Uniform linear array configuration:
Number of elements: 48
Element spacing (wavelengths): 0.75
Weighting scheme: exponential
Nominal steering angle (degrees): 45
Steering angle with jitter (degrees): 45.603
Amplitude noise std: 0.05
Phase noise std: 0.05

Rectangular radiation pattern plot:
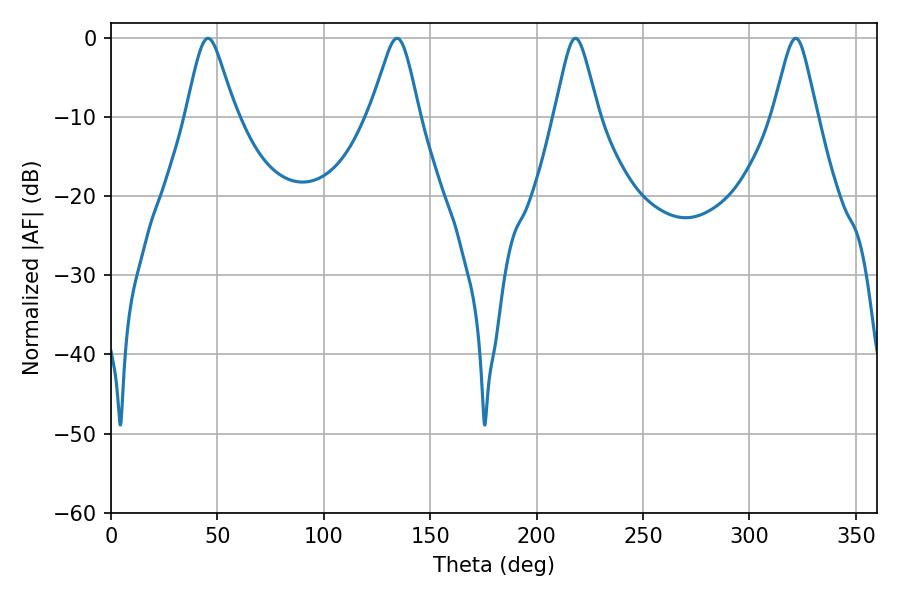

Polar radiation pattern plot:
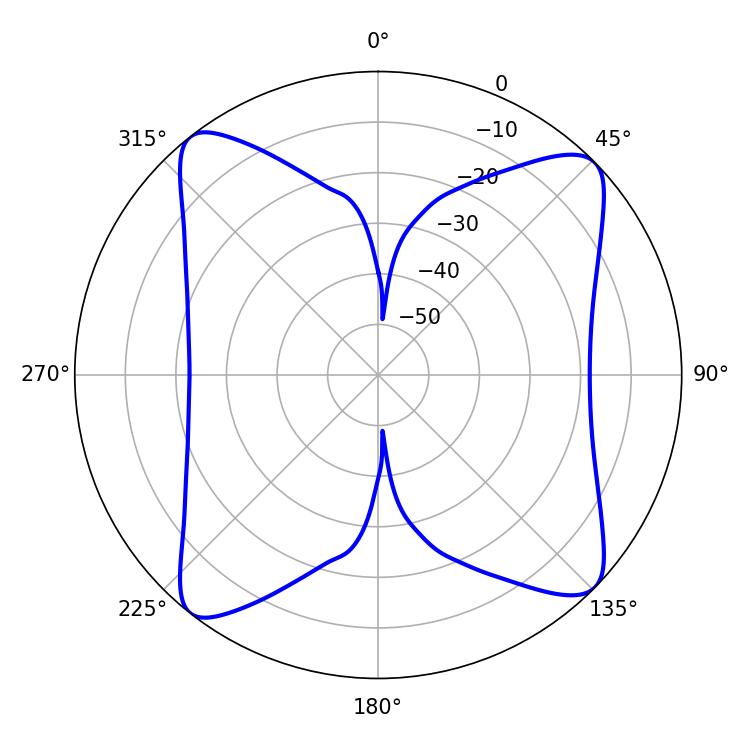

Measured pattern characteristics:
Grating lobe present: TRUE
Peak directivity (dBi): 13.582
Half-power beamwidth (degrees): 11.16
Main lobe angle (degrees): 45.54